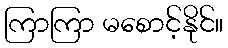
ကြာကြာ မစောင့်နိုင်။